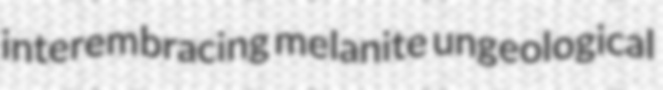
interembracing melanite ungeological